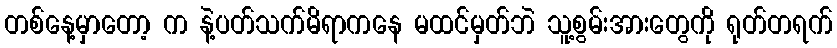
တစ်နေ့မှာတော့ က နဲ့ပတ်သက်မိရာကနေ မထင်မှတ်ဘဲ သူ့စွမ်းအားတွေကို ရုတ်တရက်